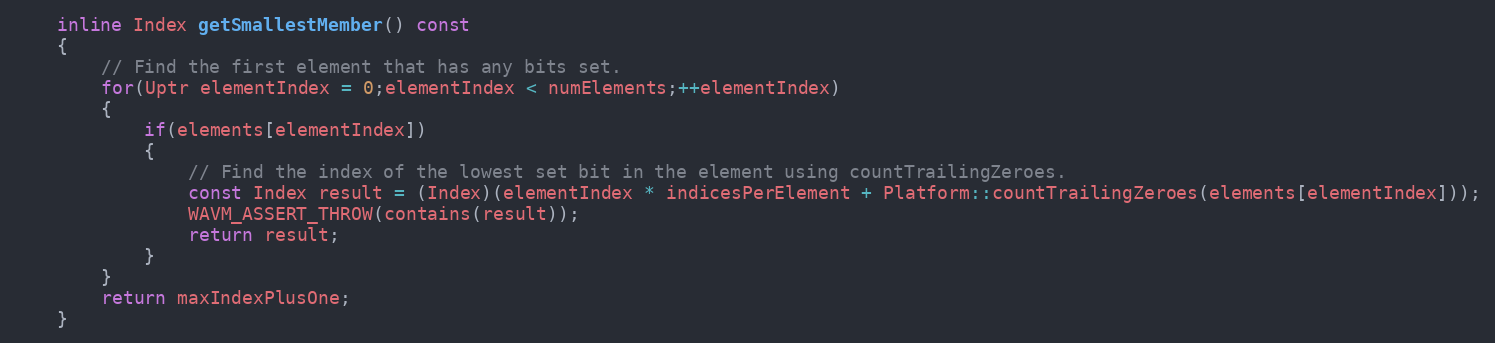
Language: C
	inline Index getSmallestMember() const
	{
		// Find the first element that has any bits set.
		for(Uptr elementIndex = 0;elementIndex < numElements;++elementIndex)
		{
			if(elements[elementIndex])
			{
				// Find the index of the lowest set bit in the element using countTrailingZeroes.
				const Index result = (Index)(elementIndex * indicesPerElement + Platform::countTrailingZeroes(elements[elementIndex]));
				WAVM_ASSERT_THROW(contains(result));
				return result;
			}
		}
		return maxIndexPlusOne;
	}